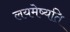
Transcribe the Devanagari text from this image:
लयमेष्यति